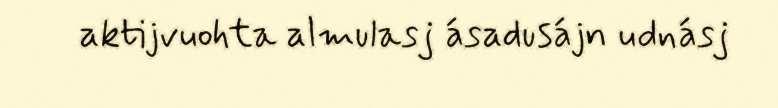
aktijvuohta almulasj ásadusájn udnásj